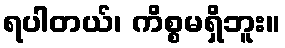
ရပါတယ်၊ ကိစ္စမရှိဘူး။